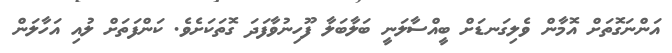
އަންނަގޮތަށް އޮމާން ވެލިގަނޑަށް ބީއްސާލަނީ ބަލާބަލާ ފޫހިނުވާފަދަ ގޮތަކަށެވެ. ކަންފަތަށް ލުއި އަހާލަން